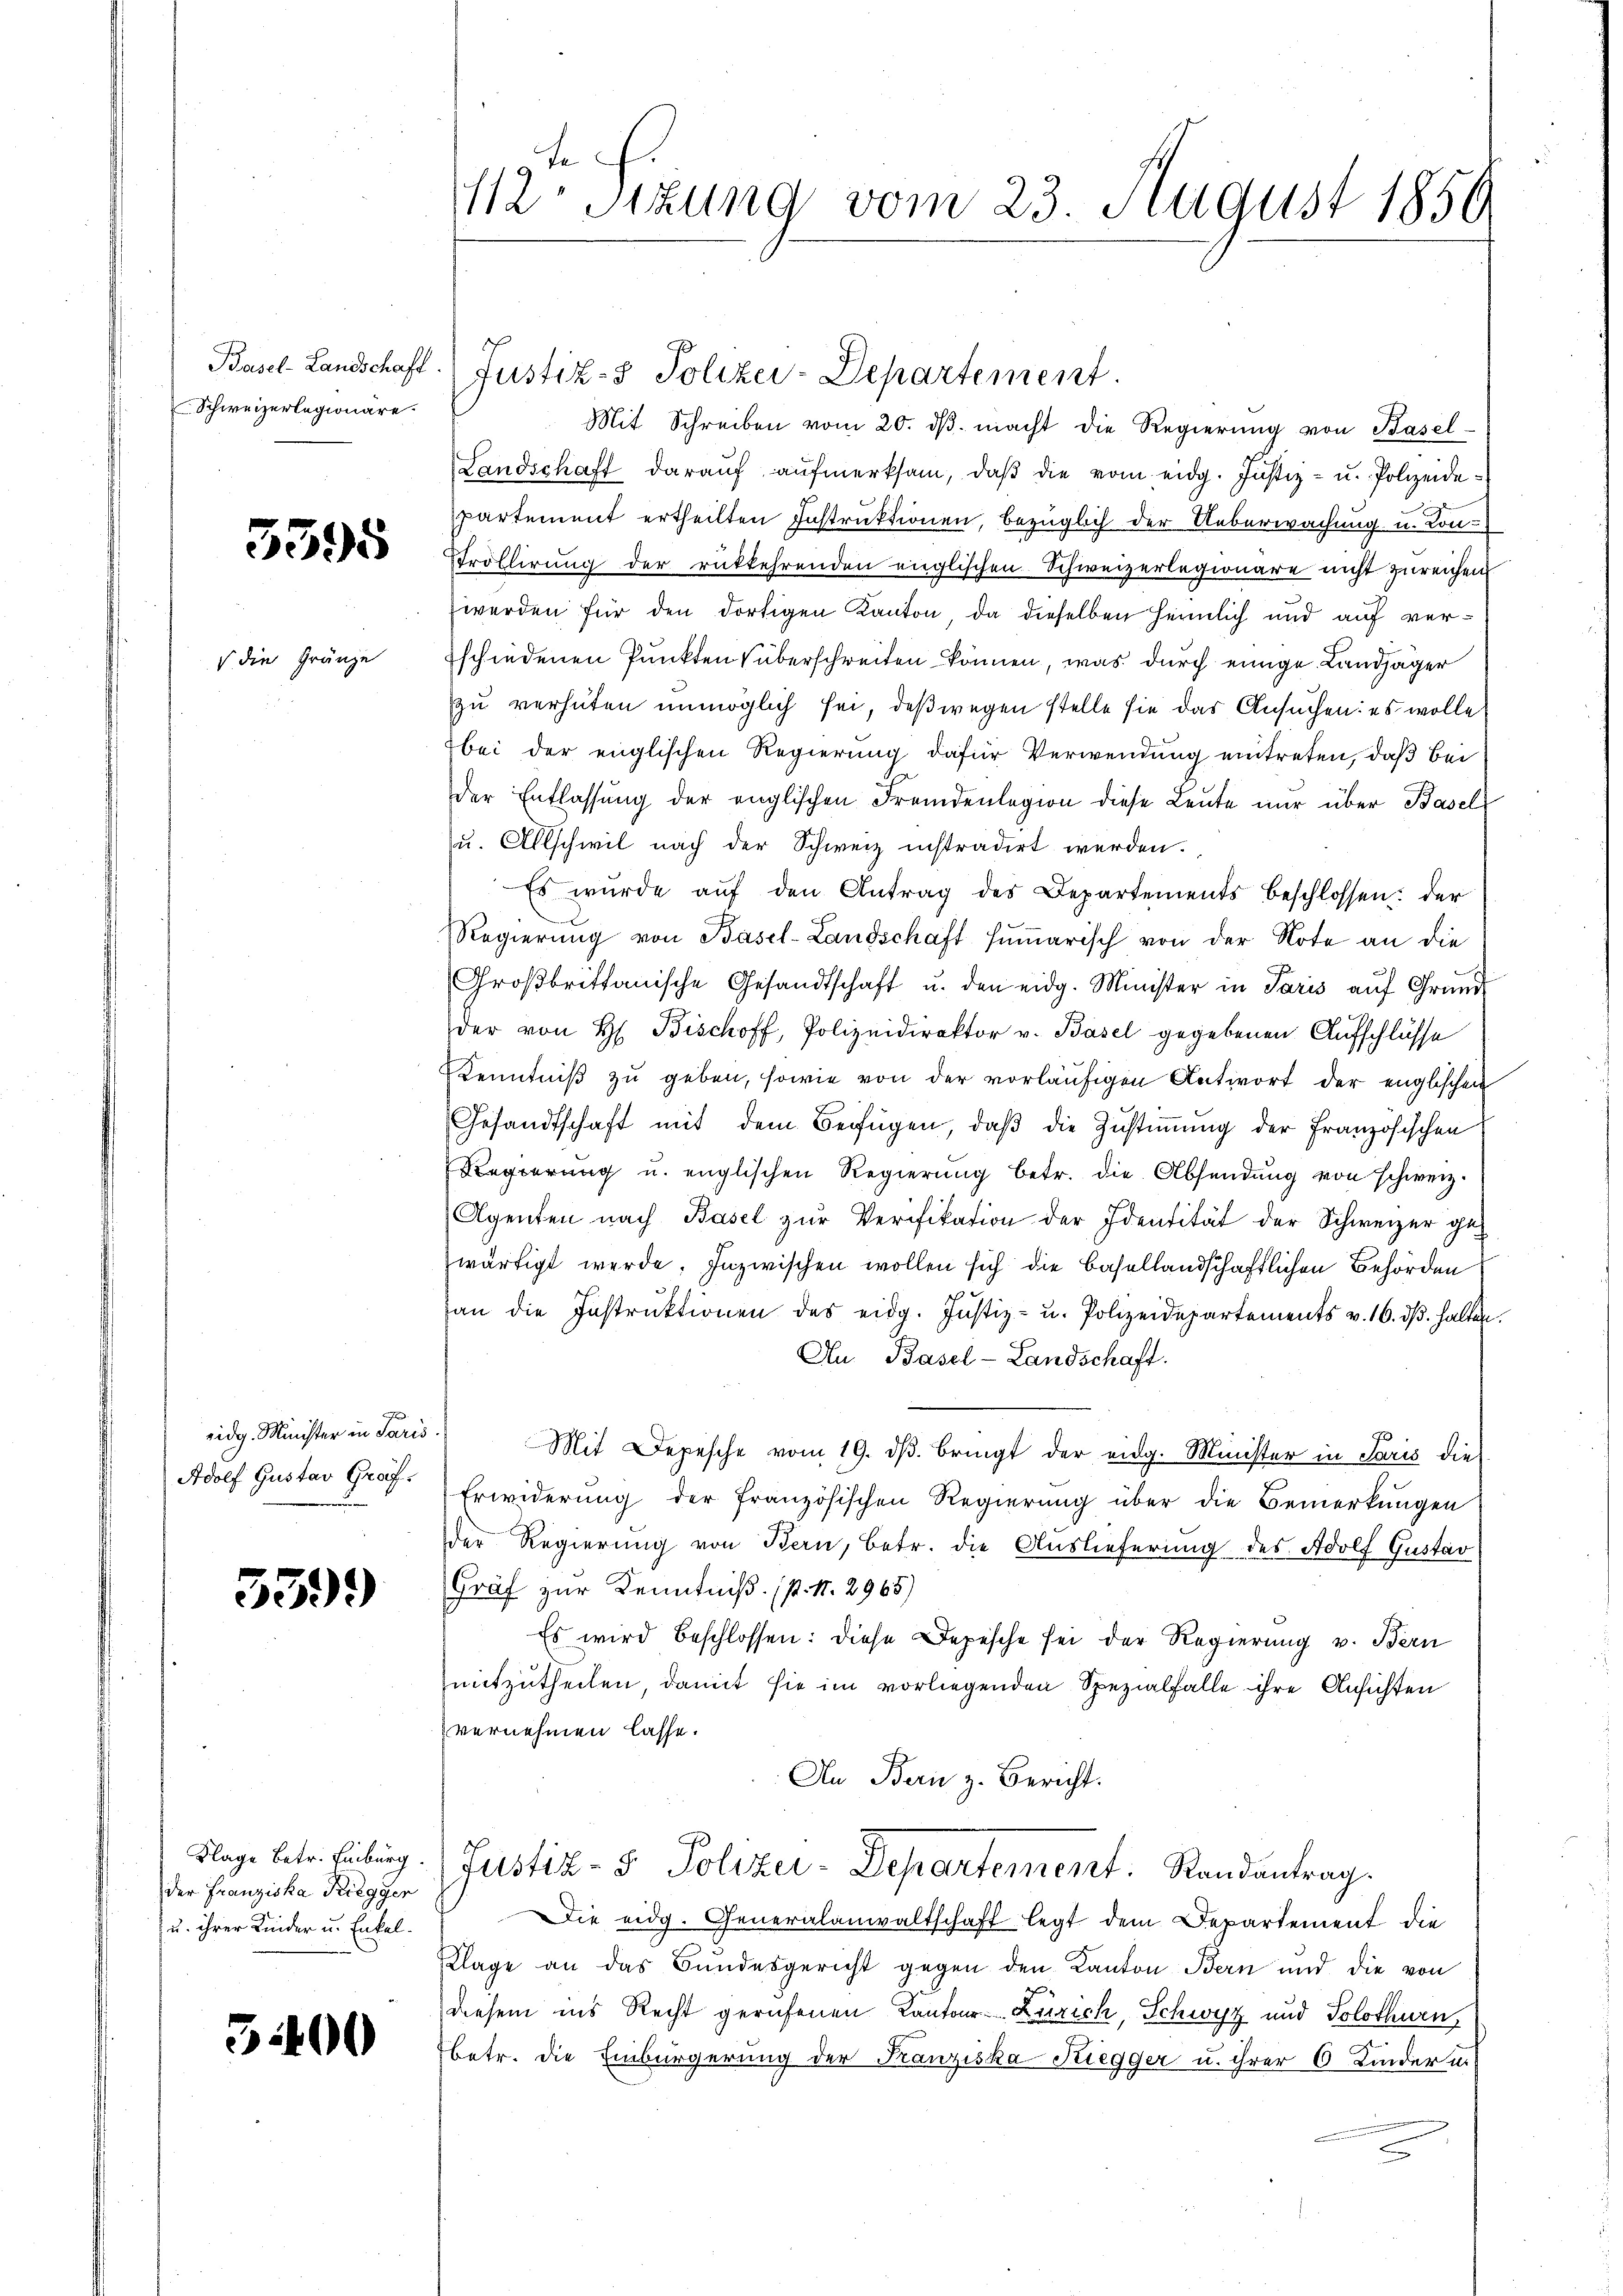
Schweizerlegionäre.

5595

die Gränze

eidg. Minister in Paris.
Adolf Gustav Graf.

539)

Klage betr. Einburg
der Franziska Kriegger
u. ihrer Kinder u. Enkel¬

3400

112. Sitzung vom 23. August 1856

Mit Schreiben vom 20. dβ macht die Regierung von Basel-
Landschaft daraŭf aŭfmerksam, daβ die vom eidg. Justiz- u. Polizeidepartement ertheilten Instruktionen, bezüglich der Ueberwachung u. Konstrollirung der rükkehrenden englischen Schweizerlegionare nicht zureichen
werden für den dortigen Kanton, da dieselben heimlich und auf verschiedenen Punkten überschreiten können, was durch einige Landjäger
zu verhüten unmöglich sei, deßwegen stelle sie das Ansuchen: es wolle
bei der englischen Regierung dafür Verwendung eintreten, daß bei
der Entlassŭng der englischen Fremdenlegion diese Leute nur über Basel
u. Allschwil nach der Schweiz instradirt werden.
Es wurde aŭf den Antrag des Departements beschlossen: der
Regierŭng von Basel-Landschaft hŭṁarisch von der Note an die
Groβbrittanische Gesandtschaft u. den eidg. Minister in Paris aŭf Grŭnd
der von H. Bischoff, Polizeidirektor v. Basel gegebenen Aufschlüsse
Kenntniß zu geben, sowie von der vorläufigen Antwort der englischen
Gesandtschaft mit dem Beifügen, daß die Zustimmung der Französischen
Regierung u. englischen Regierŭng betr. die Absendung von schweiz.
Agenten nach Basel zŭr Verifikation der Identität der Schweizer gezwärtigt werde. Inzwischen wollen sich die Basellandschaftlichen Behörden
an die Instruktionen des eidg. Justiz- u. Polizeidepartements v. 16. dβ halten.
An Basel-Landschaft.
e
Mit Depesche vom 19. dβ. bringt der eidg. Minister in Paris die
Erwiderung der französischen Regierung über die Bemerkungen
der Regierung von Bern, betr. die Auslieferung des Adolf Gustav
Graf zur Kenntniß. (p. N. 2965)
Es wird beschlossen: diese Depesche sei der Regierung v. Bern
mitzutheilen, damit sie im vorliegenden Spezialfalle ihre Ansichten
vernehmen lasse.
An Bern z. Bericht.
Justiz- & Polizei-Departement: Randantrag.
Die eidg. Generalanwaltschaft legt dem Departement die
Klage an das Bundesgericht gegen den Kanton Bern und die von
2
diesem ins Recht gerufenen Kantone Zürich, Schwyz und Solothwen
Betr. die Einbürgerung der Franziska Kiegger u. ihrer 6 Kinder u.

Pasel-Landschaft. Justiz- & Polizei-Departement